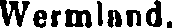
Wermland.